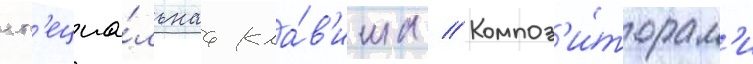
сп'ециа́льнаа кла́в'иша // Композ'и́торам'и